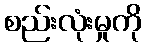
စည်းလုံးမှုကို